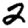
Digit: 2